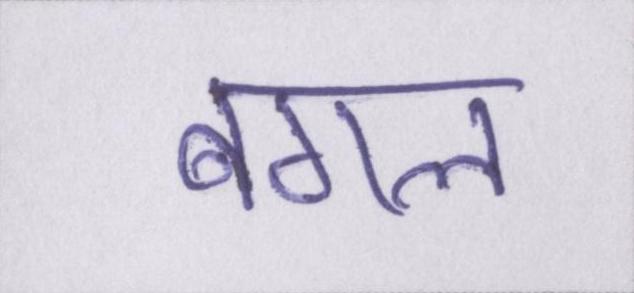
बगल